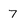
Character: 7